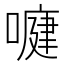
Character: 𭊺